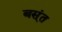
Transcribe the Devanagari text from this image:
बस्ंत